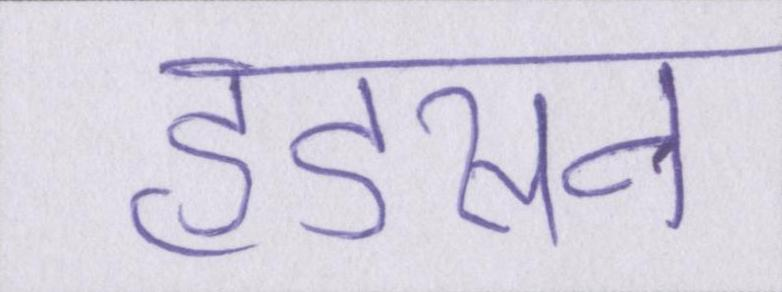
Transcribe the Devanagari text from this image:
हडसन